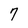
Character: 7